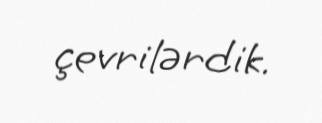
çevrilərdik.